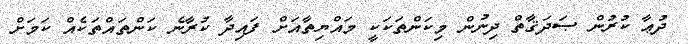
ދުޢާ ކުރުން ޞަދަޤާތް ދިނުން މިކަންތަކަކީ މައްޔިތާއަށް ފައިދާ ކުރާނެ ކަންތައްތަކެއް ކަމަށް